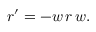
r ^ { \prime } = - w \, r \, w .